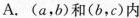
A.(a，b)和(b，c)内